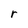
Character: r